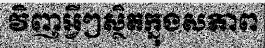
វិញអ្វីៗស្ថិតក្នុងសភាព